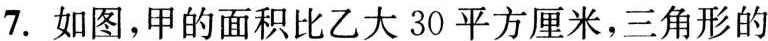
7.如图，甲的面积比乙大30平方厘米，三角形的